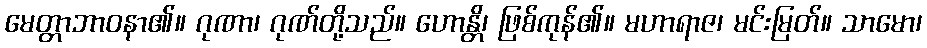
မေတ္တာဘာဝနာ၏။ ဂုဏာ၊ ဂုဏ်တို့သည်။ ဟောန္တိ၊ ဖြစ်ကုန်၏။ မဟာရာဇ၊ မင်းမြတ်။ သာမော၊